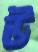
উ